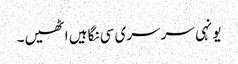
یونہی سرسری سی نگاہیں اٹھیں۔